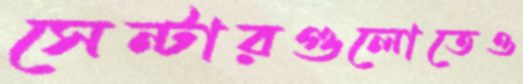
সেন্টারগুলোতেও